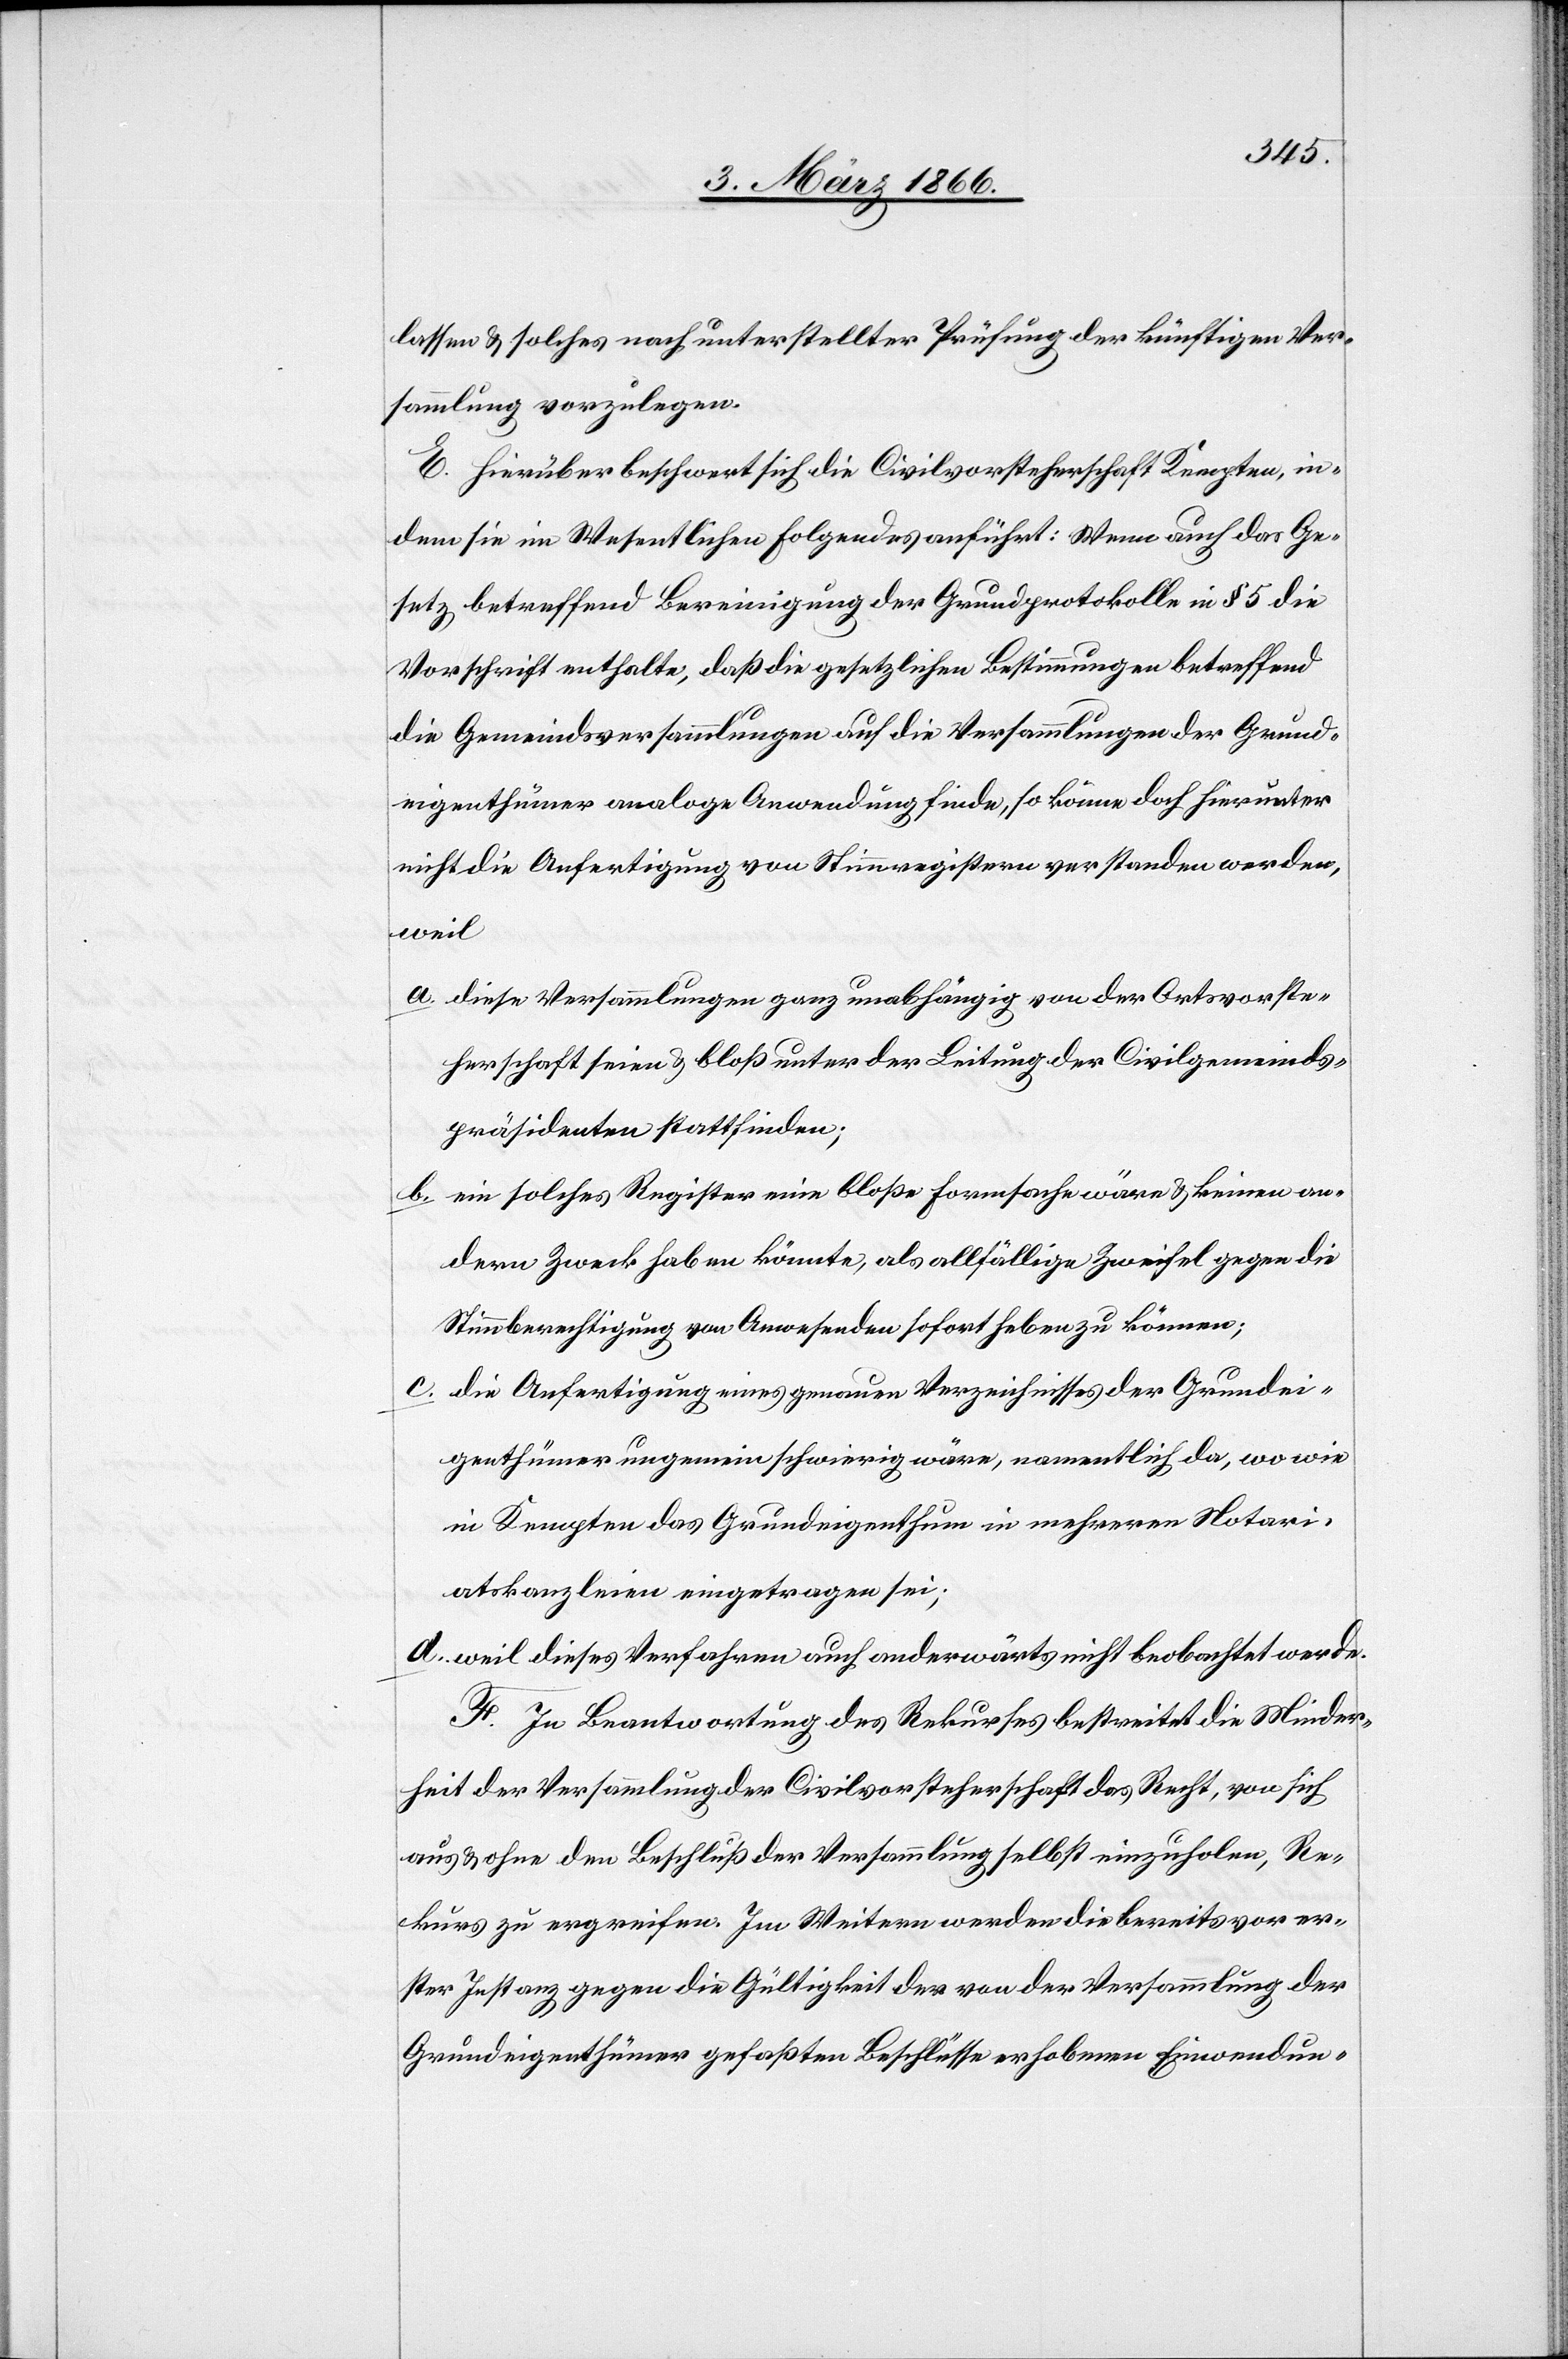
lassen u. solches nach unterstellter Prüfung der künftigen Ver¬
sammlung vorzulegen.
E. Hierüber beschwert sich die Civilvorsteherschaft Kempten, in¬
dem sie im Wesentlichen folgendes anführt: Wenn auch das Ge¬
setz betreffend Bereinigung der Grundprotokolle in § 5 die
Vorschrift enthalte, daß die gesetzlichen Bestimmunen betreffend
die Gemeindsversammlungen auf die Versammlungen der Grund¬
eigenthümer analoge Anwendung finde, so könne doch hierunter
nicht die Anfertigung von Stimmregistern verstanden werden,
weil
a. diese Versammlungen ganz unabhängig von der Ortsvorste¬
herschaft seien u. bloß unter der Leitung der Civilgemeinds¬
präsidenten stattfinden;
b. ein solches Register eine bloße Formsache wäre u. keinen an¬
dern Zweck haben könnte, als allfällige Zweifel gegen die
Stimmberechtigung von Anwesenden sofort heben zu können;
c. die Anfertigung eines genauen Verzeichnisses der Grundei¬
genthümer ungemein schwierig wäre, namentlich da, wo wie
in Kempten das Grundeigenthum in mehreren Notari¬
atskanzleien eingetragen sei;
d. weil dieses Verfahren auch anderwärts nicht beobachtet werde.
F. In Beantwortung des Rekurses bestreitet die Minder¬
heit der Versammlung der Civilvorsteherschaft das Recht, von sich
aus u. ohne den Beschluß der Versammlung selbst einzuholen, Re¬
kurs zu ergreifen. Im Weitern werden die bereits vor er¬
ster Instanz gegen die Gültigkeit der von der Versammlung der
Grundeigenthümer gefaßten Beschlüsse erhobenen Einwendun-